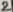
Text: 2